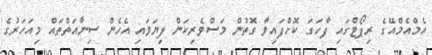
އެމްއެމްއޭގެ ރިޕޯޓްގައި ފާހަގަ ކޮށްފައިވާ ގޮތުން މަސްވެރިކަން ފިޔަަވައި އެހެން ސިނާއަތްތައް މިއަހަރުގެ